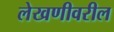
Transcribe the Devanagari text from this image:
लेखणीवरील